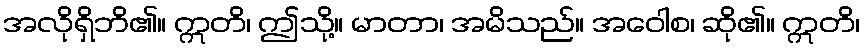
အလိုရှိဘိ၏။ ဣတိ၊ ဤသို့။ မာတာ၊ အမိသည်။ အဝေါစ၊ ဆို၏။ ဣတိ၊